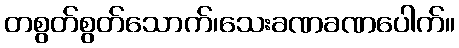
တစွတ်စွတ်သောက်၊သေးခဏခဏပေါက်။